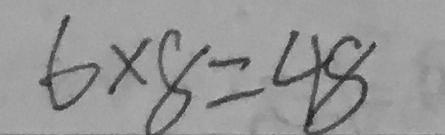
6 \times 8 = 4 8